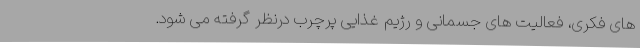
های فکری، فعالیت های جسمانی و رژیم غذایی پرچرب درنظر گرفته می شود.